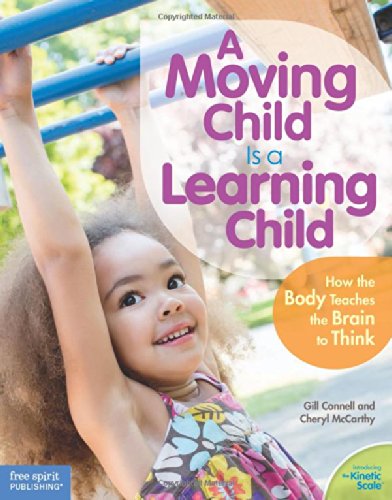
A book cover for A Moving Child Is a Learning Child: How the Body Teaches the Brain to Think (Birth to Age 7); Gill Connell; Parenting & Relationships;